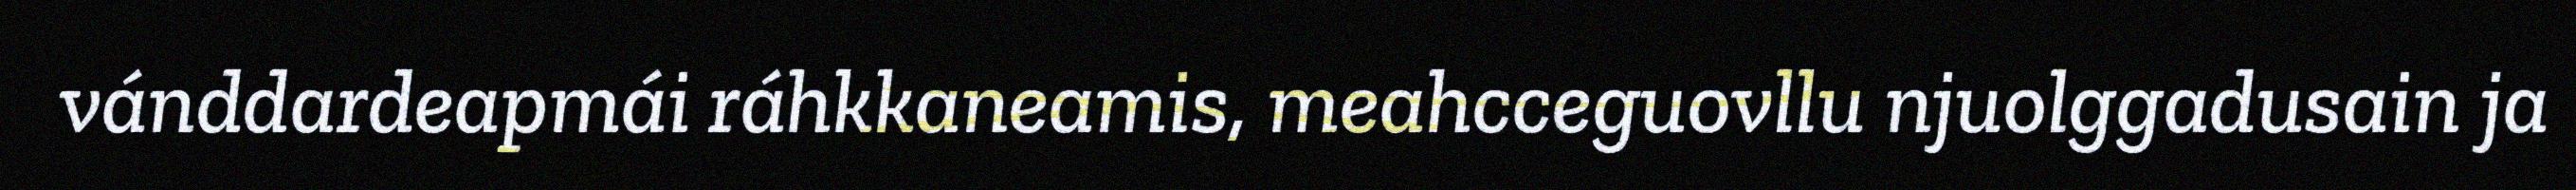
vánddardeapmái ráhkkaneamis, meahcceguovllu njuolggadusain ja